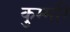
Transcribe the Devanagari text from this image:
कुम्मरि